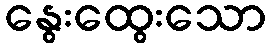
နွေးထွေးသော